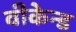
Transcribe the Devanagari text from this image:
वीकेन्ड